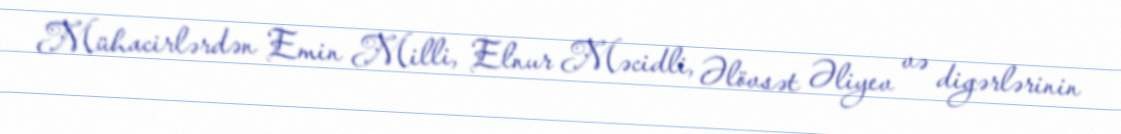
Mühacirlərdən Emin Milli, Elnur Məcidli, Əlövsət Əliyev və digərlərinin